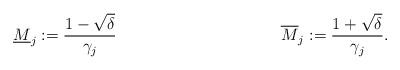
LaTeX: \begin{align*}\underline{M}_j := \frac{1-\sqrt{\delta}}{\gamma_j} && && \overline{M}_j := \frac{1+\sqrt{\delta}}{\gamma_j}.\end{align*}